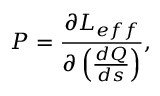
P = \frac { \partial L _ { e f f } } { \partial \left( \frac { d Q } { d s } \right) } ,